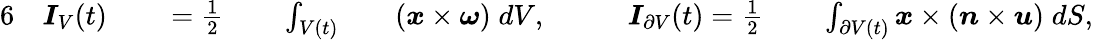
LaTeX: \begin{array}{rlrlrlrlrlrl}{{6}}&{{}\boldsymbol{I}_{V}(t)}&{}&{{}=\frac{1}{2}}&{}&{{}\int_{V(t)}}&{}&{{}(\boldsymbol{x}\times\boldsymbol{\omega})\; dV,\quad}&{}&{{}\boldsymbol{I}_{\partial V}(t)=\frac{1}{2}}&{}&{{}\int_{\partial V(t)}\boldsymbol{x}\times(\boldsymbol{n}\times\boldsymbol{u})\; dS,}\end{array}